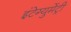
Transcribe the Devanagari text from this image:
इंटेग्युमेंट्री